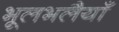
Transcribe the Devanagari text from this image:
भूलभलैयाँ